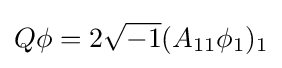
Q\phi =2{\sqrt {-1}}(A_{11}\phi _{1})_{1}